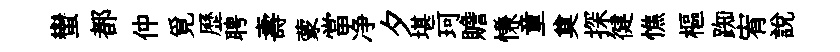
蠻都仲覓歷聘壽蒙當净夕堪珂贍慊童奠探徤憔樞踟宥説